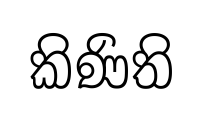
කිණිති